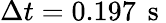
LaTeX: \Delta t=0.197\, \mathrm{~s~}